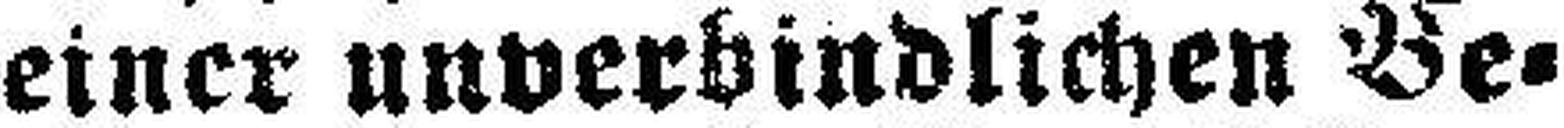
einer unverbindlichen Be¬